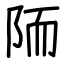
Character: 陑